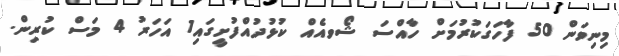
މިނިވަން 50 ފާހަގަކުރުމަށް ހާއްސަ ޝޯވއެއް ކުޅުދުއްފުށީގައި1 އަހަރު 4 މަސް ކުރިން.